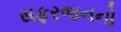
સફરજનનો